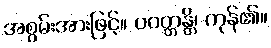
အစွမ်းအားဖြင့်။ ပဝတ္တန္တိ၊ ကုန်၏။